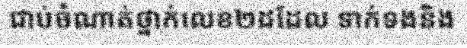
ជាប់ចំណាត់ថ្នាក់លេខ២ដដែល ទាក់ទងនិង